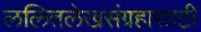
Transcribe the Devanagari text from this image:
ललितलेखसंग्रहासाठी